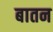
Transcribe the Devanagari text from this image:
बातन